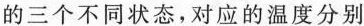
的三个不同状态，对应的温度分别